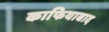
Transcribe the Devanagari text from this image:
काफियाबाद